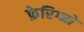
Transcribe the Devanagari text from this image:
फ़ेरिग्नो